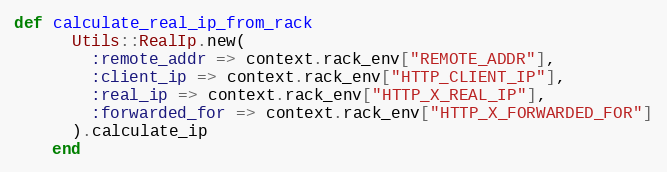
Language: Ruby
def calculate_real_ip_from_rack
      Utils::RealIp.new(
        :remote_addr => context.rack_env["REMOTE_ADDR"],
        :client_ip => context.rack_env["HTTP_CLIENT_IP"],
        :real_ip => context.rack_env["HTTP_X_REAL_IP"],
        :forwarded_for => context.rack_env["HTTP_X_FORWARDED_FOR"]
      ).calculate_ip
    end